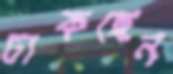
ঢাকছেন